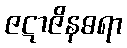
ဇဋာဇိနဓရာ